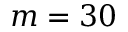
m = 3 0